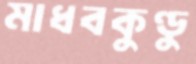
মাধবকুণ্ডু